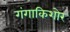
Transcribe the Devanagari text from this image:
गंगाकिशोर